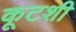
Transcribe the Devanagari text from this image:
कूटशी